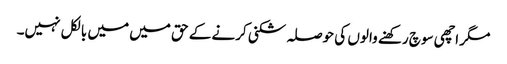
مگر اچھی سوچ رکھنے والوں کی حوصلہ شکنی کرنے کے حق میں میں بالکل نہیں۔